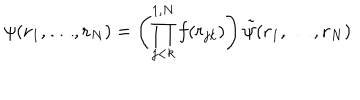
\psi ( { \bf r } _ { 1 } , \ldots , { \bf r } _ { N } ) = \left( \prod _ { j < k } ^ { 1 , N } f ( r _ { j k } ) \right) \tilde { \psi } ( { \bf r } _ { 1 } , \ldots , { \bf r } _ { N } )